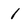
Character: 1